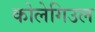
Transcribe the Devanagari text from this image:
कोलेगिउल